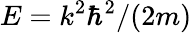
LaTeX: E=k^{2}\hbar^{2}/(2m)